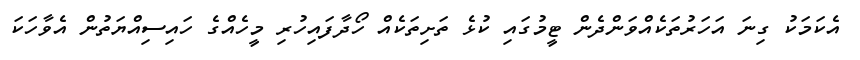
އެކަމަކު ގިނަ އަހަރުތަކެއްވަންދެން ޓީމުގައި ކުޅެ ތަށިތަކެއް ހޯދާފައިހުރި މީހެއްގެ ހައިސިއްޔަތުން އެވާހަކަ